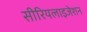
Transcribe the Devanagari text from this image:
सीरियलाइजेशन